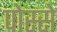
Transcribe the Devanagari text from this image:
पोस्से